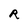
Character: R